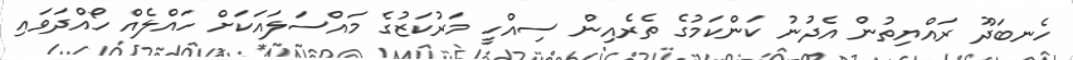
ހެނބަދޫ ރައްޔިތުން އެދުނު ކަންކަމުގެ ތެރެއިން ސިއްހީ މަރުކަޒުގެ މައްސަލައަކަށް ހައްލެއް ހޯއްދަވައި